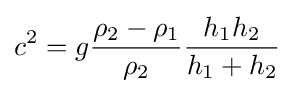
c^{2}=g{\frac {\rho _{2}-\rho _{1}}{\rho _{2}}}{\frac {h_{1}h_{2}}{h_{1}+h_{2}}}